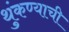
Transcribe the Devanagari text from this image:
थुंकण्याची